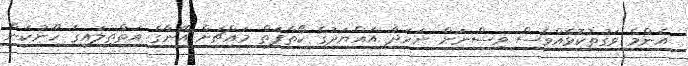
އެންމެ ވަގުތުކޮޅެއްވެސް ވިސްނަން ނަހަދާ އައްޔަދުގެ ކޯތާފަތް މައްޗަށް އޭނާގެ އަތްތިލައިގެ ހޫނުކަން